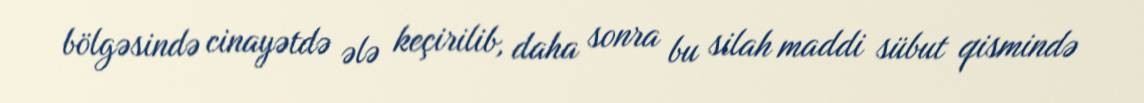
bölgəsində cinayətdə ələ keçirilib, daha sonra bu silah maddi sübut qismində